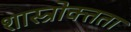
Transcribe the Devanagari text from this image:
शास्त्रोक्तता